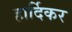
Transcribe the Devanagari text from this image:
हार्दिकर